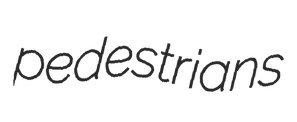
pedestrians